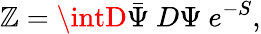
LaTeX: \mathbb{Z}=\intD\bar{{\Psi}}~D\Psi~e^{-S},